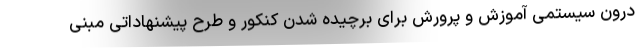
درون سیستمی آموزش و پرورش برای برچیده شدن کنکور و طرح پیشنهاداتی مبنی